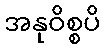
အနုဝိစ္စပိ